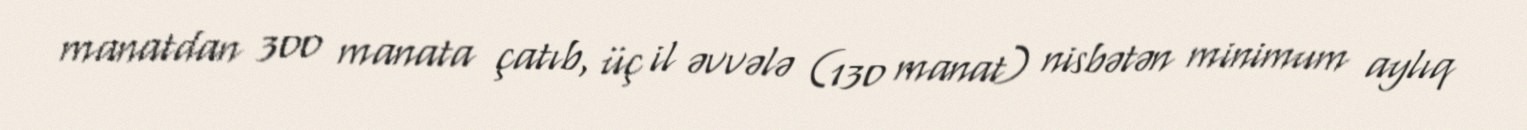
manatdan 300 manata çatıb, üç il əvvələ (130 manat) nisbətən minimum aylıq